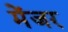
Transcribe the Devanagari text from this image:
मेंजर